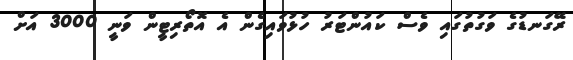
ރޭގަނޑުގެ ވަގުތުގައި ވެސް ކައުންޓަރު ހުޅުވައިގެން އެ އޮތޯރިޓީން ވަނީ 3000 އަށް